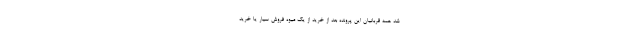
شد همه قربانیان این پرونده بعد از خرید از یک میوه فروش سیار یا خرید